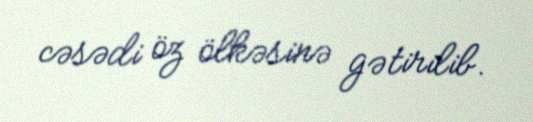
cəsədi öz ölkəsinə gətirilib.